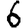
Digit: 6